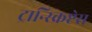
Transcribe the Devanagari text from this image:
ट्रान्स्क्रिप्टेस